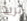
تريد